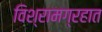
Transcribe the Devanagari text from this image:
विश्रामग्रहात